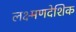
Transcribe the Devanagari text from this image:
लक्ष्मणदेशिक